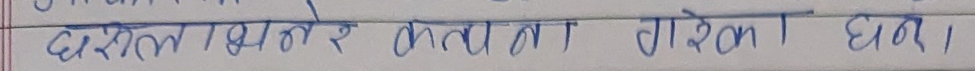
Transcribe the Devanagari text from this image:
दशमलवतिर कता ता गोरेको घर ।